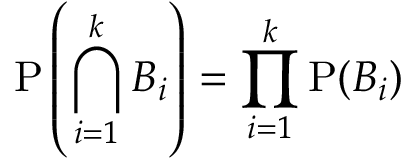
\mathrm { P } \left( \bigcap _ { i = 1 } ^ { k } B _ { i } \right) = \prod _ { i = 1 } ^ { k } \mathrm { P } ( B _ { i } )